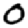
Digit: 0